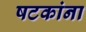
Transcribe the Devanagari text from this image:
षटकांना